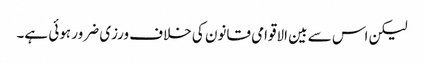
لیکن اس سے بین الاقوامی قانون کی خلاف ورزی ضرور ہوئی ہے۔